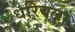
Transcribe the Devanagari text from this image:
धरियला